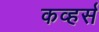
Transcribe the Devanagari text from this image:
कव्हर्स